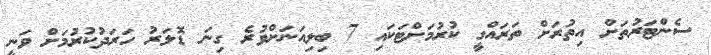
ސެންޓަރުތަށް އިތުރަށް ތަރައްގީ ކުރުމަށްޓަކައި 7 ބިލިއަނަށްވުރެ ގިނަ ޑޮލަރު ހަރަދުކުރުމަށް ވަނީ